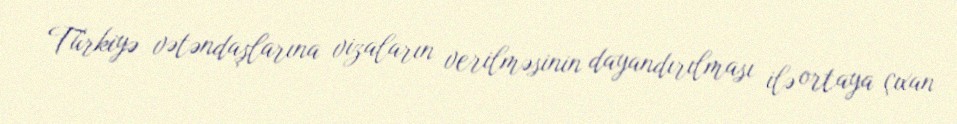
Türkiyə vətəndaşlarına vizaların verilməsinin dayandırılması ilə ortaya çıxan